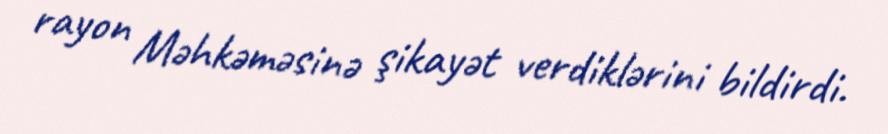
rayon Məhkəməsinə şikayət verdiklərini bildirdi.